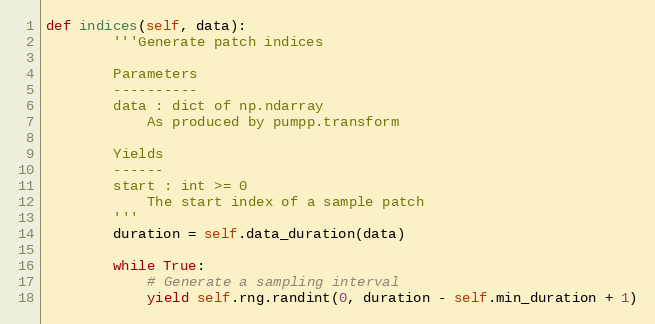
Language: Python
def indices(self, data):
        '''Generate patch indices

        Parameters
        ----------
        data : dict of np.ndarray
            As produced by pumpp.transform

        Yields
        ------
        start : int >= 0
            The start index of a sample patch
        '''
        duration = self.data_duration(data)

        while True:
            # Generate a sampling interval
            yield self.rng.randint(0, duration - self.min_duration + 1)